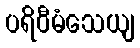
ပရိဝီမံသေယျ